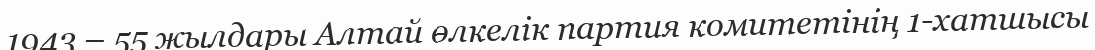
1943 – 55 жылдары Алтай өлкелік партия комитетінің 1-хатшысы